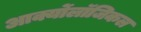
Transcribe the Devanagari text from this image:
आर्क्योलॉजिकल